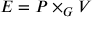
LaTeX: E = P \times _ { G } V